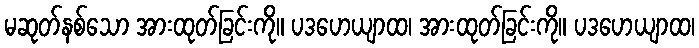
မဆုတ်နစ်သော အားထုတ်ခြင်းကို။ ပဒဟေယျာထ၊ အားထုတ်ခြင်းကို။ ပဒဟေယျာထ၊